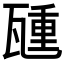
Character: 𬎮